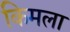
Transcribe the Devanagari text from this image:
किमला